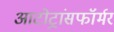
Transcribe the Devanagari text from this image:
आटोट्रांसफॉर्मर